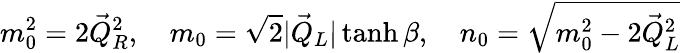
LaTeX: m_{0}^{2}=2\vec{Q}_{R}^{2},\quad m_{0}=\sqrt{2}|\vec{Q}_{L}|\operatorname{tanh}\beta,\quad n_{0}=\sqrt{m_{0}^{2}-2\vec{Q}_{L}^{2}}